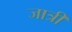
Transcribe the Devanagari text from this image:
जात्री